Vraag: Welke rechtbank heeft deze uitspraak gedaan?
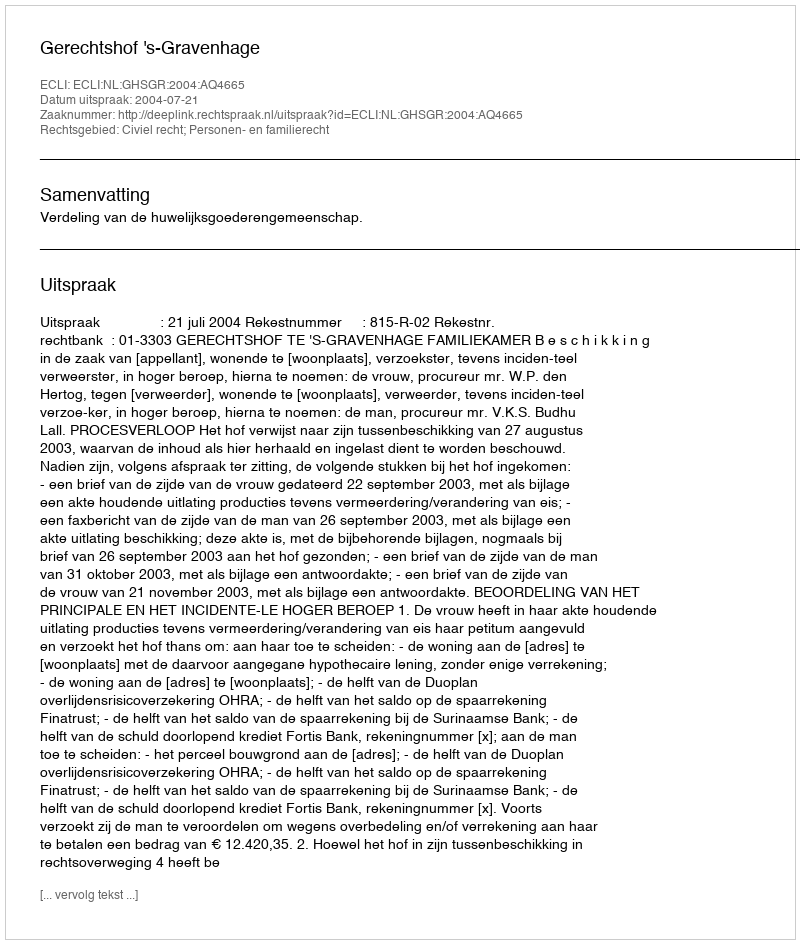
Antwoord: Gerechtshof 's-Gravenhage